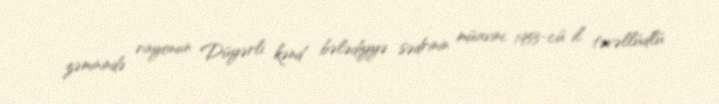
zəminində rayonun Düyərli kənd bələdiyyə sədrinin müavini, 1953-cü il təvəllüdlü